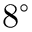
8 ^ { \circ }